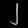
Digit: ၂